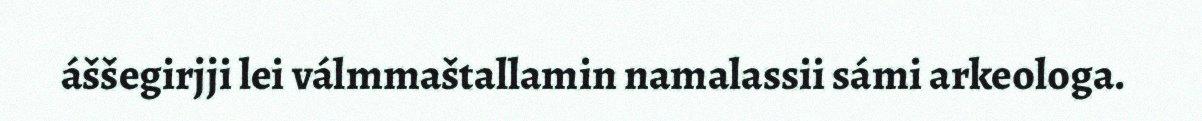
áššegirjji lei válmmaštallamin namalassii sámi arkeologa.